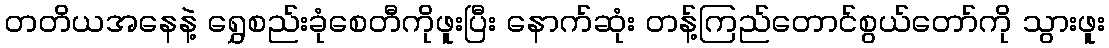
တတိယအနေနဲ့ ရွှေစည်းခုံစေတီကိုဖူးပြီး နောက်ဆုံး တန့်ကြည်တောင်စွယ်တော်ကို သွားဖူး